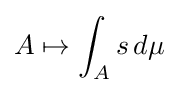
A\mapsto \int _{A}s\,d\mu